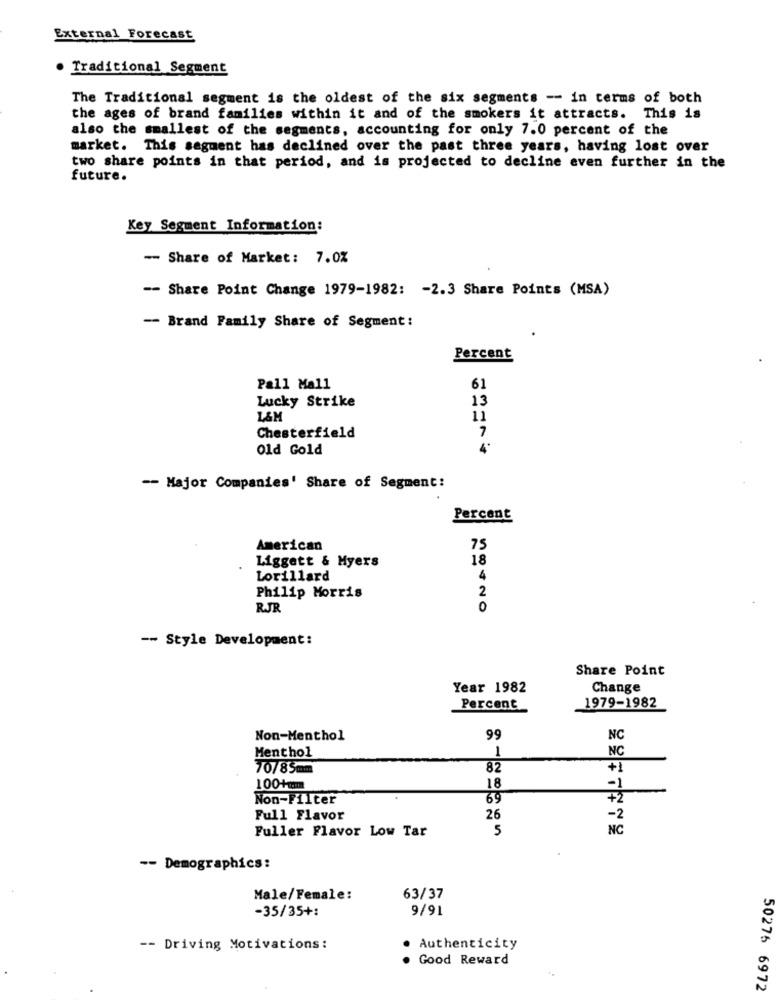
External Forecast
Traditional Segment
The Traditional segment is the oldest of the six segments -- in terms of both
the ages of brand families within it and of the smokers it attracts. This is
also the smallest of the segments, accounting for only 7.0 percent of the
market. This segment has declined over the past three years, having lost over
two share points in that period, and is projected to decline even further in the
future.
Key Segment Information:
-- Share of Market: 7.0%
-- Share Point Change 1979-1982: - 2.3 Share Points (MSA)
- Brand Family Share of Segment:
Percent
Pall Mall
61
Lucky Strike
13
L&M
11
7
Chesterfield
Old Gold
4*
-- Major Companies' Share of Segment:
Percent
American
75
Liggett & Myers
18
Lorillard
4
2
Philip Morris
RJR
0
-- Style Development:
Share Point
Year 1982
Change
Percent
1979-1982
Non-Menthol
99
NC
NC
Menthol
1
70/85mm
82
+1
100+mm
18
-1
Non-Filter
69
+2
Full Flavor
26
-2
Fuller Flavor Low Tar
5
NC
-- Demographics:
Male/Female:
63/37
-35/35+:
9/91
-- Driving Motivations:
Authenticity
Good Reward
50276 6972